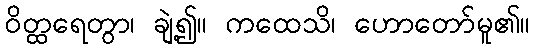
ဝိတ္ထရေတွာ၊ ချဲ့၍။ ကထေသိ၊ ဟောတော်မူ၏။